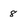
Character: 8